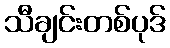
သီချင်းတစ်ပုဒ်